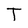
Character: T